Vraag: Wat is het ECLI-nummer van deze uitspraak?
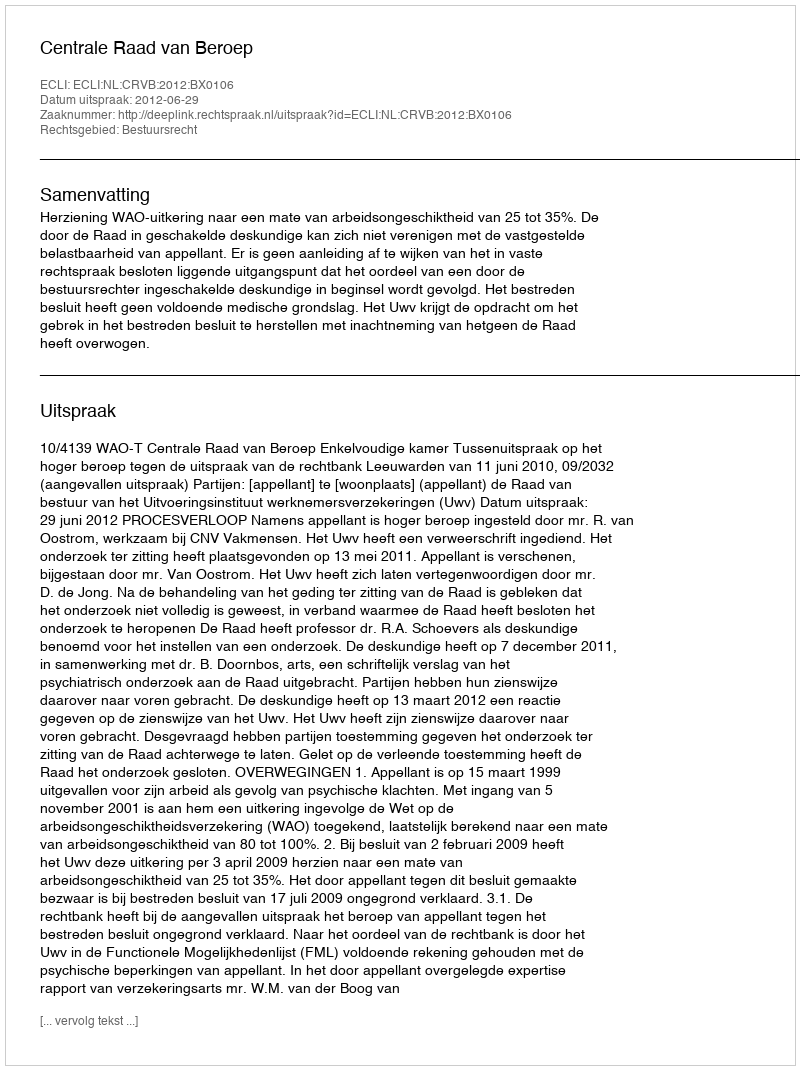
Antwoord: ECLI:NL:CRVB:2012:BX0106